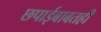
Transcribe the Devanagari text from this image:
छपाईबाबतही